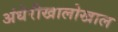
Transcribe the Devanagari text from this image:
अंधेरीखालोखाल